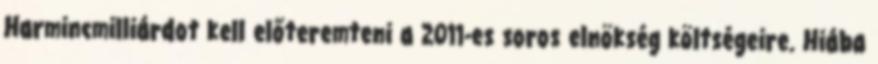
Harmincmilliárdot kell előteremteni a 2011-es soros elnökség költségeire. Hiába